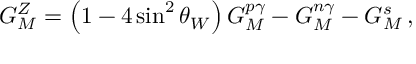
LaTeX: G _ { M } ^ { Z } = \left( 1 - 4 \sin ^ { 2 } \theta _ { W } \right) G _ { M } ^ { p \gamma } - G _ { M } ^ { n \gamma } - G _ { M } ^ { s } \, ,